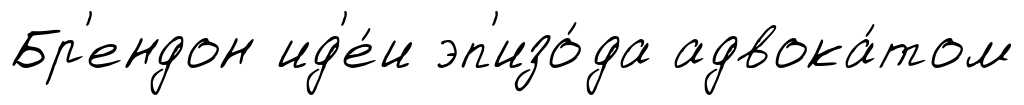
Бр'ендон ид'е́и эп'изо́да адвока́том